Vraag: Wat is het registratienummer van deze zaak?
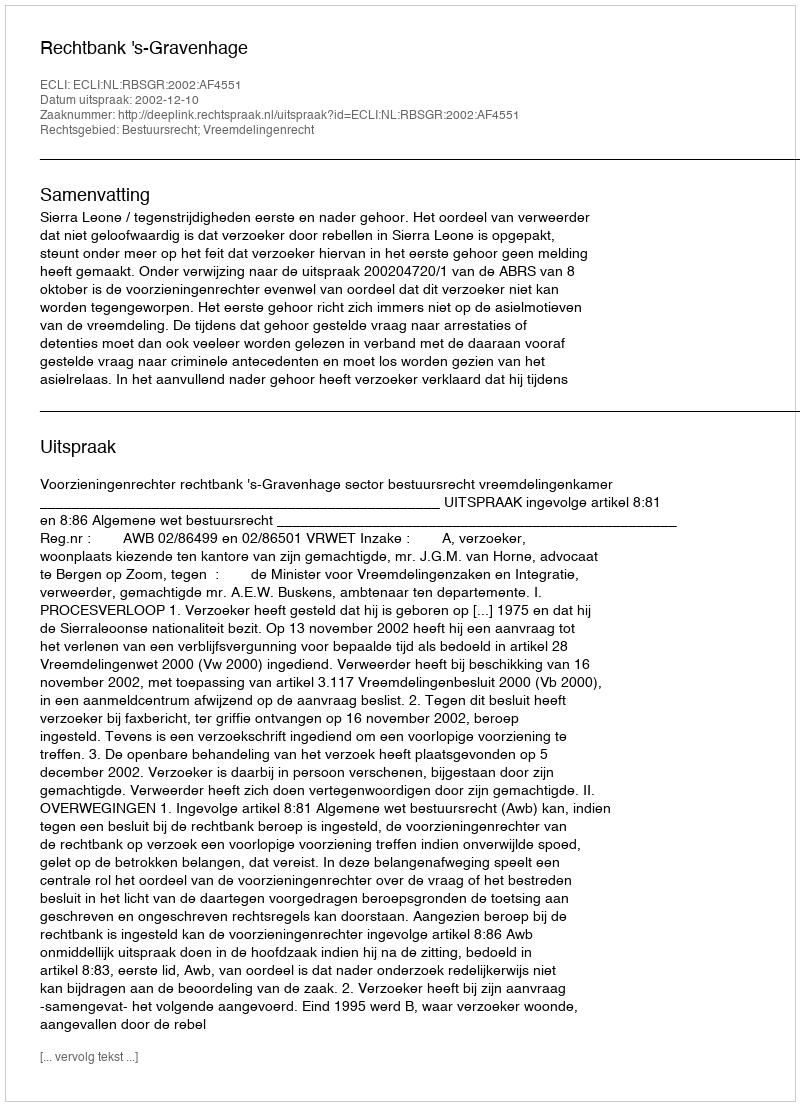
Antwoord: http://deeplink.rechtspraak.nl/uitspraak?id=ECLI:NL:RBSGR:2002:AF4551